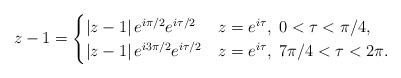
LaTeX: \begin{align*}z-1=\begin{cases}\left|z-1\right|e^{i\pi/2}e^{i\tau/2} & z=e^{i\tau},\;0<\tau<\pi/4,\\\left|z-1\right|e^{i3\pi/2}e^{i\tau/2} & z=e^{i\tau},\;7\pi/4<\tau<2\pi.\end{cases}\end{align*}